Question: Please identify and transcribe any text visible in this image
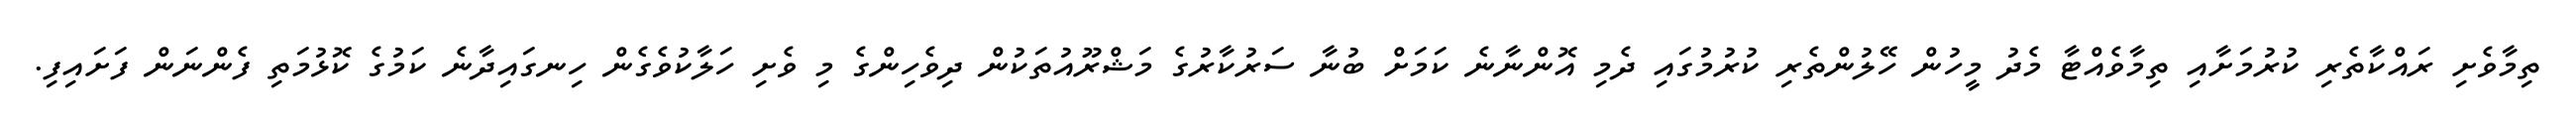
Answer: ތިމާވެށި ރައްކާތެރި ކުރުމަށާއި ތިމާވެއްޓާ މެދު މީހުން ހޭލުންތެރި ކުރުމުގައި ދެމި އޮންނާނެ ކަމަށް ބުނާ ސަރުކާރުގެ މަޝްރޫއުތަކުން ދިވެހިންގެ މި ވެށި ހަލާކުވެގެން ހިނގައިދާނެ ކަމުގެ ކޮޅުމަތި ފެންނަން ފަށައިފި.